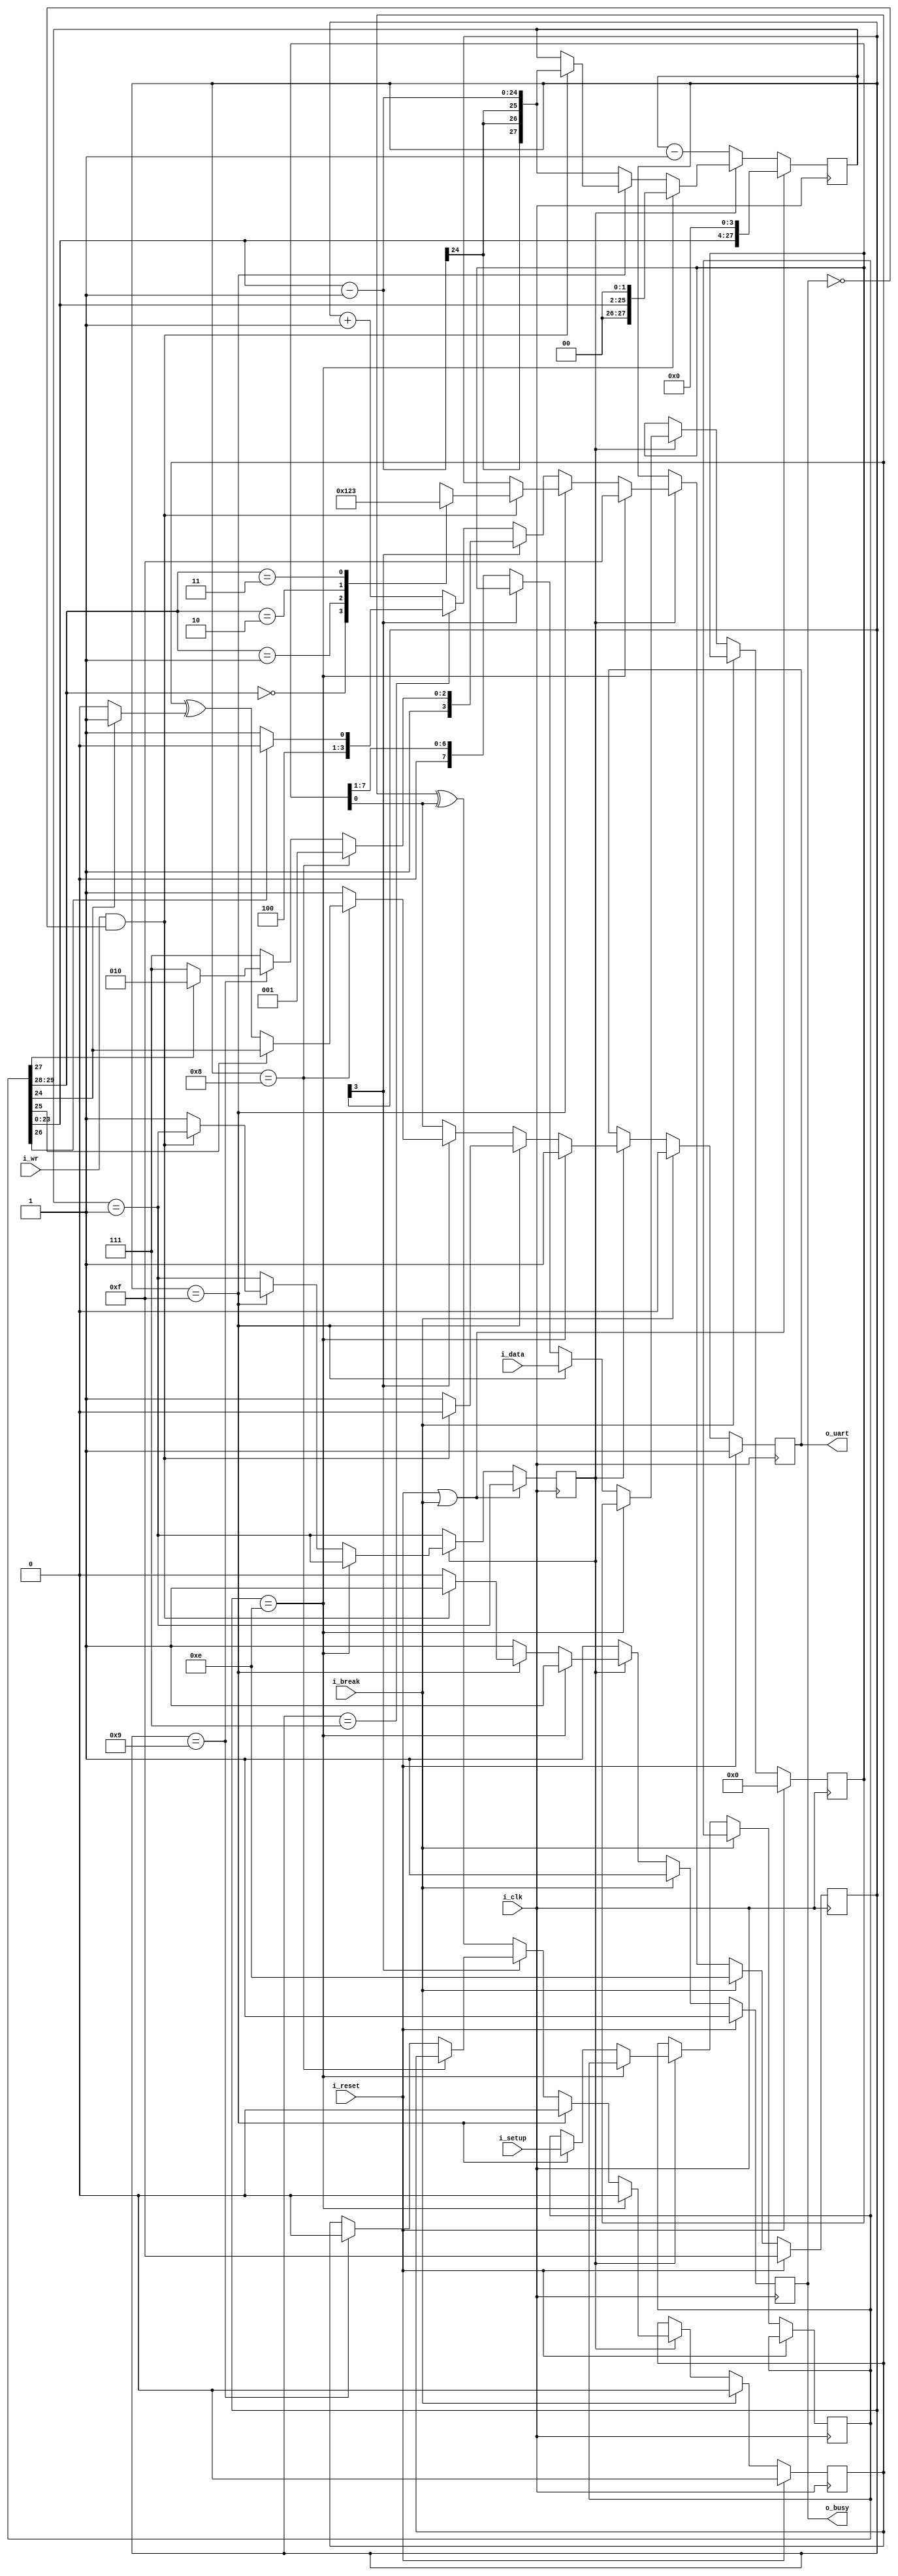
////////////////////////////////////////////////////////////////////////////////
//
//
// Project:	FPGA library
//
// Purpose:	Transmit outputs over a single UART line.
//
//	To interface with this module, connect it to your system clock,
//	pass it the 32 bit setup register (defined below) and the byte
//	of data you wish to transmit.  Strobe the i_wr line high for one
//	clock cycle, and your data will be off.  Wait until the 'o_busy'
//	line is low before strobing the i_wr line again--this implementation
//	has NO BUFFER, so strobing i_wr while the core is busy will just
//	cause your data to be lost.  The output will be placed on the o_txuart
//	output line.  If you wish to set/send a break condition, assert the
//	i_break line otherwise leave it low.
//
//	There is a synchronous reset line, logic high.
//
//	Now for the setup register.  The register is 32 bits, so that this
//	UART may be set up over a 32-bit bus.
//
//	i_setup[29:28]	Indicates the number of data bits per word.  This will
//	either be 2'b00 for an 8-bit word, 2'b01 for a 7-bit word, 2'b10
//	for a six bit word, or 2'b11 for a five bit word.
//
//	i_setup[27]	Indicates whether or not to use one or two stop bits.
//		Set this to one to expect two stop bits, zero for one.
//
//	i_setup[26]	Indicates whether or not a parity bit exists.  Set this
//		to 1'b1 to include parity.
//
//	i_setup[25]	Indicates whether or not the parity bit is fixed.  Set
//		to 1'b1 to include a fixed bit of parity, 1'b0 to allow the
//		parity to be set based upon data.  (Both assume the parity
//		enable value is set.)
//
//	i_setup[24]	This bit is ignored if parity is not used.  Otherwise,
//		in the case of a fixed parity bit, this bit indicates whether
//		mark (1'b1) or space (1'b0) parity is used.  Likewise if the
//		parity is not fixed, a 1'b1 selects even parity, and 1'b0
//		selects odd.
//
//	i_setup[23:0]	Indicates the speed of the UART in terms of clocks.
//		So, for example, if you have a 200 MHz clock and wish to
//		run your UART at 9600 baud, you would take 200 MHz and divide
//		by 9600 to set this value to 24'd20834.  Likewise if you wished
//		to run this serial port at 115200 baud from a 200 MHz clock,
//		you would set the value to 24'd1736
//
//	Thus, to set the UART for the common setting of an 8-bit word, 
//	one stop bit, no parity, and 115200 baud over a 200 MHz clock, you
//	would want to set the setup value to:
//
//	32'h0006c8		// For 115,200 baud, 8 bit, no parity
//	32'h005161		// For 9600 baud, 8 bit, no parity
//	
//
//
// Creator:	Dan Gisselquist, Ph.D.
//		Gisselquist Technology, LLC
//
////////////////////////////////////////////////////////////////////////////////
//
// Copyright (C) 2015-2016, Gisselquist Technology, LLC
//
// This program is free software (firmware): you can redistribute it and/or
// modify it under the terms of  the GNU General Public License as published
// by the Free Software Foundation, either version 3 of the License, or (at
// your option) any later version.
//
// This program is distributed in the hope that it will be useful, but WITHOUT
// ANY WARRANTY; without even the implied warranty of MERCHANTIBILITY or
// FITNESS FOR A PARTICULAR PURPOSE.  See the GNU General Public License
// for more details.
//
// You should have received a copy of the GNU General Public License along
// with this program.  (It's in the $(ROOT)/doc directory, run make with no
// target there if the PDF file isn't present.)  If not, see
// <http://www.gnu.org/licenses/> for a copy.
//
// License:	GPL, v3, as defined and found on www.gnu.org,
//		http://www.gnu.org/licenses/gpl.html
//
//
////////////////////////////////////////////////////////////////////////////////
//
//
//
`define	TXU_BIT_ZERO	4'h0
`define	TXU_BIT_ONE	4'h1
`define	TXU_BIT_TWO	4'h2
`define	TXU_BIT_THREE	4'h3
`define	TXU_BIT_FOUR	4'h4
`define	TXU_BIT_FIVE	4'h5
`define	TXU_BIT_SIX	4'h6
`define	TXU_BIT_SEVEN	4'h7
`define	TXU_PARITY	4'h8	// Constant 1
`define	TXU_STOP	4'h9	// Constant 1
`define	TXU_SECOND_STOP	4'ha
// 4'hb	// Unused
// 4'hc	// Unused
// `define	TXU_START	4'hd	// An unused state
`define	TXU_BREAK	4'he
`define	TXU_IDLE	4'hf
//
//
module txuart(i_clk, i_reset, i_setup, i_break, i_wr, i_data, o_uart, o_busy);
	input			i_clk, i_reset;
	input		[29:0]	i_setup;
	input			i_break;
	input			i_wr;
	input		[7:0]	i_data;
	output	reg		o_uart;
	output	wire		o_busy;

	wire	[27:0]	clocks_per_baud, break_condition;
	wire	[1:0]	data_bits;
	wire		use_parity, parity_even, dblstop, fixd_parity;
	reg	[29:0]	r_setup;
	assign	clocks_per_baud = { 4'h0, r_setup[23:0] };
	assign	break_condition = { r_setup[23:0], 4'h0 };
	assign	data_bits   = r_setup[29:28];
	assign	dblstop     = r_setup[27];
	assign	use_parity  = r_setup[26];
	assign	fixd_parity = r_setup[25];
	assign	parity_even = r_setup[24];

	reg	[27:0]	baud_counter;
	reg	[3:0]	state;
	reg	[7:0]	lcl_data;
	reg		calc_parity, r_busy, zero_baud_counter;

	initial	o_uart = 1'b1;
	initial	r_busy = 1'b1;
	initial	state  = `TXU_IDLE;
	initial	lcl_data= 8'h0;
	initial	calc_parity = 1'b0;
	// initial	baud_counter = clocks_per_baud;//ILLEGAL--not constant
	always @(posedge i_clk)
	begin
		if (i_reset)
		begin
			o_uart <= 1'b1;
			r_busy <= 1'b1;
			state <= `TXU_IDLE;
			lcl_data <= 8'h0;
			calc_parity <= 1'b0;
		end else if (i_break)
		begin
			o_uart <= 1'b0;
			state <= `TXU_BREAK;
			calc_parity <= 1'b0;
			r_busy <= 1'b1;
		end else if (~zero_baud_counter)
		begin // r_busy needs to be set coming into here
			r_busy <= 1'b1;
		end else if (state == `TXU_BREAK)
		begin
			state <= `TXU_IDLE;
			r_busy <= 1'b1;
			o_uart <= 1'b1;
			calc_parity <= 1'b0;
		end else if (state == `TXU_IDLE)	// STATE_IDLE
		begin
			// baud_counter <= 0;
			r_setup <= i_setup;
			calc_parity <= 1'b0;
			lcl_data <= i_data;
			if ((i_wr)&&(~r_busy))
			begin	// Immediately start us off with a start bit
				o_uart <= 1'b0;
				r_busy <= 1'b1;
				case(data_bits)
				2'b00: state <= `TXU_BIT_ZERO;
				2'b01: state <= `TXU_BIT_ONE;
				2'b10: state <= `TXU_BIT_TWO;
				2'b11: state <= `TXU_BIT_THREE;
				endcase
				// baud_counter <= clocks_per_baud-28'h01;
			end else begin // Stay in idle
				o_uart <= 1'b1;
				r_busy <= 0;
				// state <= state;
			end
		end else begin
			// One clock tick in each of these states ...
			// baud_counter <= clocks_per_baud - 28'h01;
			r_busy <= 1'b1;
			if (state[3] == 0) // First 8 bits
			begin
				o_uart <= lcl_data[0];
				calc_parity <= calc_parity ^ lcl_data[0];
				if (state == `TXU_BIT_SEVEN)
					state <= (use_parity)?`TXU_PARITY:`TXU_STOP;
				else
					state <= state + 1;
				lcl_data <= { 1'b0, lcl_data[7:1] };
			end else if (state == `TXU_PARITY)
			begin
				state <= `TXU_STOP;
				if (fixd_parity)
					o_uart <= parity_even;
				else
					o_uart <= calc_parity^((parity_even)? 1'b1:1'b0);
			end else if (state == `TXU_STOP)
			begin // two stop bit(s)
				o_uart <= 1'b1;
				if (dblstop)
					state <= `TXU_SECOND_STOP;
				else
					state <= `TXU_IDLE;
				calc_parity <= 1'b0;
			end else // `TXU_SECOND_STOP and default:
			begin
				state <= `TXU_IDLE; // Go back to idle
				o_uart <= 1'b1;
				// Still r_busy, since we need to wait
				// for the baud clock to finish counting
				// out this last bit.
			end
		end 
	end

	assign	o_busy = (r_busy);


	initial	zero_baud_counter = 1'b1;
	initial baud_counter = 28'd200000; // 1ms @ 200MHz
	always @(posedge i_clk)
	begin
		zero_baud_counter <= (baud_counter == 28'h01);
		if ((i_reset)||(i_break))
			// Give ourselves 16 bauds before being ready
			baud_counter <= break_condition;
		else if (~zero_baud_counter)
			baud_counter <= baud_counter - 28'h01;
		else if (state == `TXU_BREAK)
			// Give us two stop bits before becoming available
			baud_counter <= clocks_per_baud<<2;
		else if (state == `TXU_IDLE)
		begin
			if((i_wr)&&(~r_busy))
				baud_counter <= clocks_per_baud - 28'h01;
			else
				zero_baud_counter <= 1'b1;
		end else
			baud_counter <= clocks_per_baud - 28'h01;
	end
endmodule